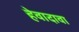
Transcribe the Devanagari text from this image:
हेवादावा